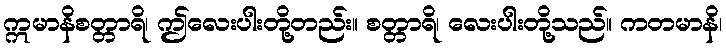
ဣမာနိစတ္တာရိ၊ ဤလေးပါးတို့တည်း။ စတ္တာရိ၊ လေးပါးတို့သည်။ ကတမာနိ၊